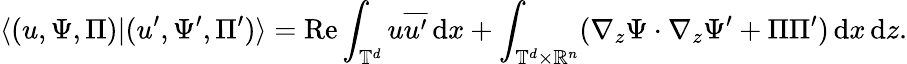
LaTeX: \langle(u,\Psi,\Pi)|(u^{\prime},\Psi^{\prime},\Pi^{\prime})\rangle=\mathrm{Re}\displaystyle\int_{\mathbb T^{d}}u\overline{{u^{\prime}}}\, {\mathrm{d}}x+\int_{\mathbb T^{d}\times\mathbb{R}^{n}}(\nabla_{z}\Psi\cdot\nabla_{z}\Psi^{\prime}+\Pi\Pi^{\prime})\, {\mathrm{d}}x\, {\mathrm{d}}z.